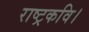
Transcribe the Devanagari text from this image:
राष्ट्रकवि।